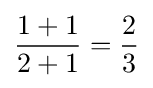
{\frac {1+1}{2+1}}={\frac {2}{3}}